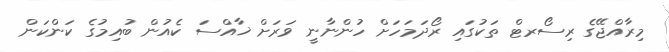
މިރާއްޖޭގެ ރިސޯރޓް ތަކުގައި ރޯދަމަހަށް ހުންނާނީ ވަރަށް ޚާއްސަ ކެއުން ބުއިމުގެ ކަންކަން